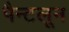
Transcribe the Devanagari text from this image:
पैन्टलून